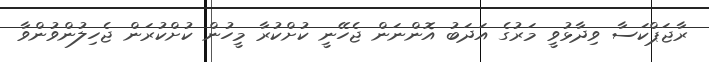
ރާޖަޕްކަސާ ވިދާޅުވީ މަރުގެ އަދަބު އޮންނަން ޖެހޭނީ ކުށްކުރާ މީހުން ކުށްކުރަން ޖެހިލުންވުންވާ